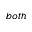
, b o t h